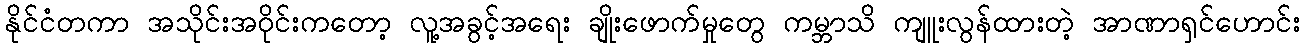
နိုင်ငံတကာ အသိုင်းအဝိုင်းကတော့ လူ့အခွင့်အရေး ချိုးဖောက်မှုတွေ ကမ္ဘာသိ ကျူးလွန်ထားတဲ့ အာဏာရှင်ဟောင်း